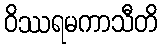
ဝိဿရမကာသီတိ